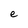
Character: e